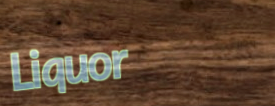
Liquor